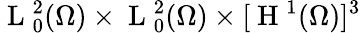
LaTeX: \mathrm{~L~}_{0}^{2}(\Omega)\times\mathrm{~L~}_{0}^{2}(\Omega)\times[\mathrm{~H~}^{1}(\Omega)]^{3}